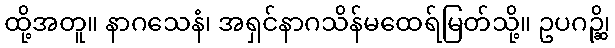
ထို့အတူ။ နာဂသေနံ၊ အရှင်နာဂသိန်မထေရ်မြတ်သို့။ ဥပဂဉ္ဆိ၊